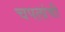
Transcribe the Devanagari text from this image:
चपलांची